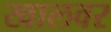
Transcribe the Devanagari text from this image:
खालवर